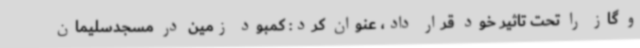
و گاز را تحت تاثیر خود قرار داد، عنوان کرد: کمبود زمین در مسجدسلیمان